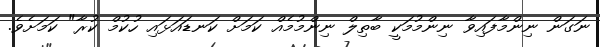
ނަގަން ނިންމާފައިވާ ނިންމުމަކީ ބާތިލް ނިންމުމެއް ކަމަށް ކަނޑައަޅައި ހުކުމް ކުރާ" ކަމަށެވެ.